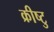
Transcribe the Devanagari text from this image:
क्रीष्टु